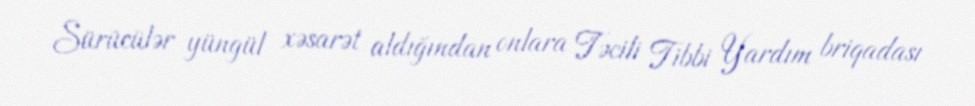
Sürücülər yüngül xəsarət aldığından onlara Təcili Tibbi Yardım briqadası